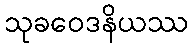
သုခဝေဒနိယဿ